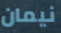
نيمان